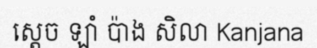
ស្តេច ឡាំ ប៉ាង សិលា Kanjana